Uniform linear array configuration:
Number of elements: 64
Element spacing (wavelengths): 0.25
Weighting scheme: cosine
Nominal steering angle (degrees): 0
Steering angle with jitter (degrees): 1.694
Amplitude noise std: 0.05
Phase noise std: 0.05

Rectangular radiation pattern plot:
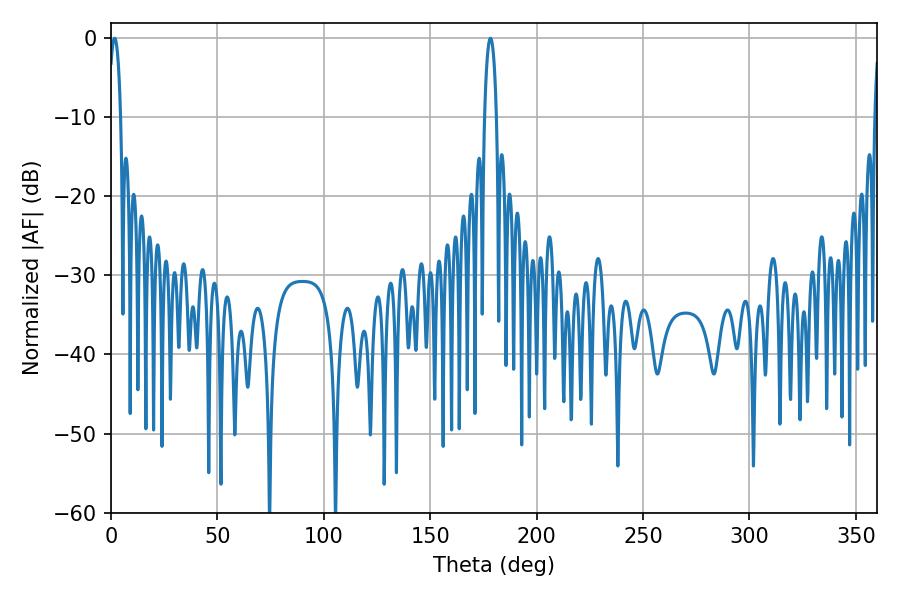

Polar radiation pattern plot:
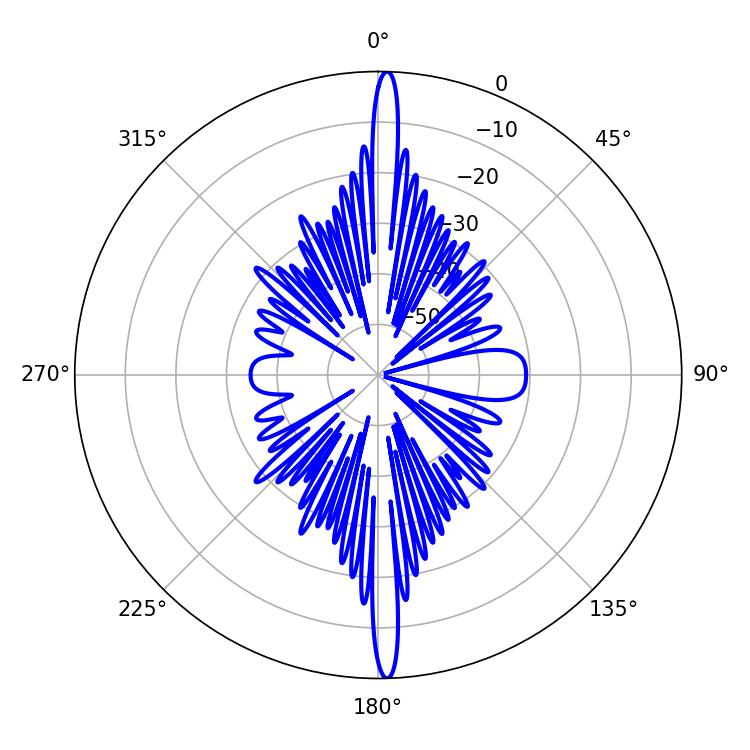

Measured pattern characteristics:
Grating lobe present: FALSE
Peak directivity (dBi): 27.275
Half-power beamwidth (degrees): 3.06
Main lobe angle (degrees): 1.62